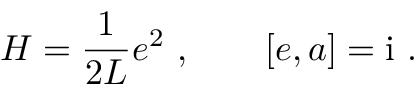
H = \frac { 1 } { 2 L } e ^ { 2 } \ , \qquad [ e , a ] = \mathrm { i } \ .